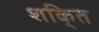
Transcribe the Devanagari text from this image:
शकि्त